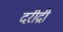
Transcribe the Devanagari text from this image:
दरीद्री